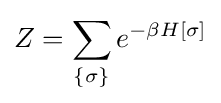
Z=\sum \limits _{\lbrace \sigma \rbrace }e^{-\beta H[\sigma ]}